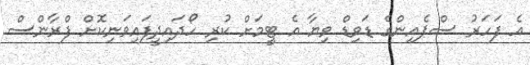
އެ ފަހަރު ސްޕެއިންގެ ޑަވިޑް ވިޔާ އެ ޓީމަށް ކުރި ހޯދައިދީފައިވަނިކޮށް ފްރާންސް